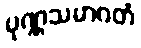
ပုဏ္ဏသမာဂတံ